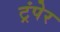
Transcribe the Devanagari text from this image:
ट्रंपेर